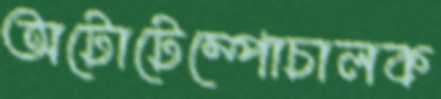
অটোটেম্পোচালক